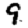
Digit: 9